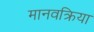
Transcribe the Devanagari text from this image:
मानवक्रिया